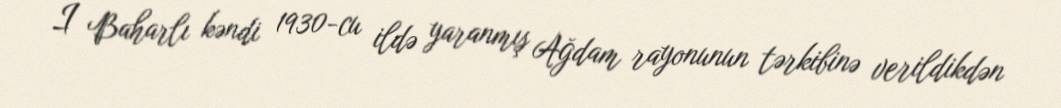
I Baharlı kəndi 1930-cu ildə yaranmış Ağdam rayonunun tərkibinə verildikdən